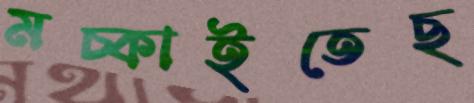
মচ্‌কাইতেছ